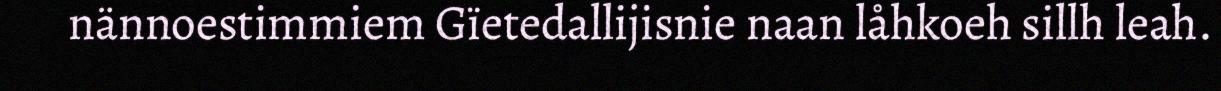
nännoestimmiem Gïetedallijisnie naan låhkoeh sillh leah.